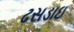
ઢસડાઇ